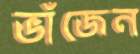
ভাঁজেন